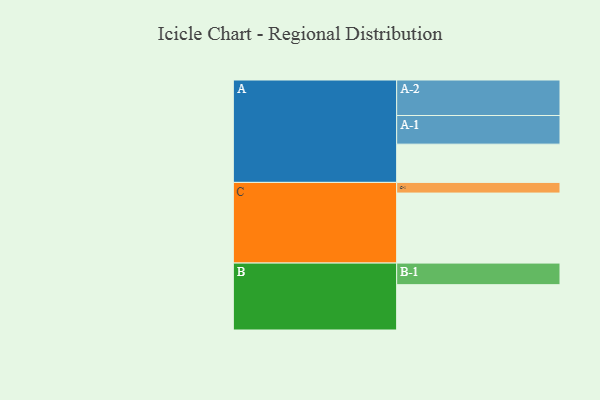
{"axis": {"x": "Segment", "y": "Value"}, "legend": ["", "A", "B", "C"], "data": [{"x": "A", "y": 319, "type": ""}, {"x": "B", "y": 378, "type": ""}, {"x": "C", "y": 584, "type": ""}, {"x": "A-1", "y": 239, "type": "A"}, {"x": "A-2", "y": 296, "type": "A"}, {"x": "B-1", "y": 180, "type": "B"}, {"x": "C-1", "y": 89, "type": "C"}]}